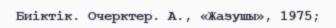
Биіктік. Очерктер. А., «Жазушы», 1975;